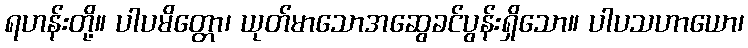
ရဟန်းတို့။ ပါပမိတ္တော၊ ယုတ်မာသောအဆွေခင်ပွန်းရှိသော။ ပါပသဟာယော၊